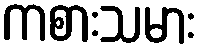
ကစားသမား